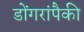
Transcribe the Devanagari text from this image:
डोंगरांपैकी